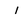
Character: i